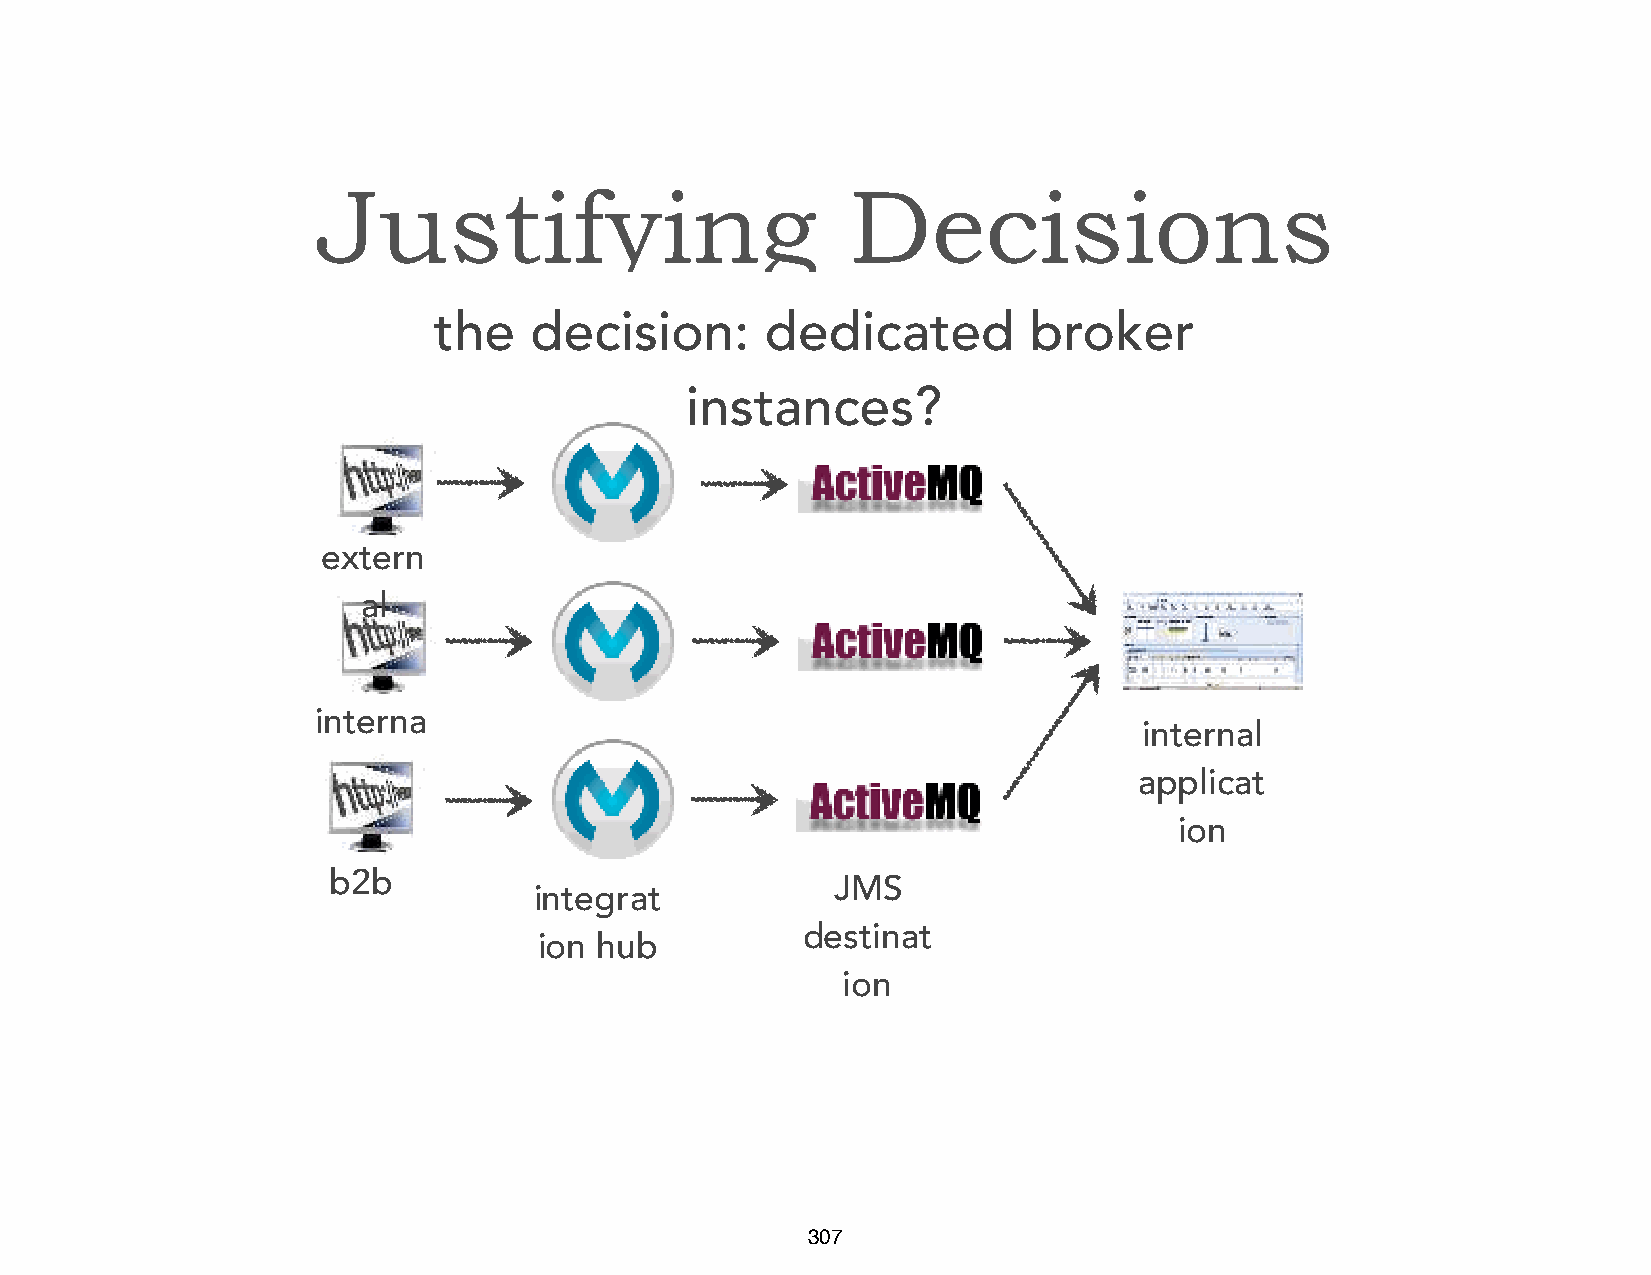
Justifying                         Decisions
 the   decision:       dedicated        broker
 instances?
 extern
 al
 interna
 internal
 l
 applicat
 ion
 b2b                              JMS
 integrat
 destinat
 ion hub
 ion
 307